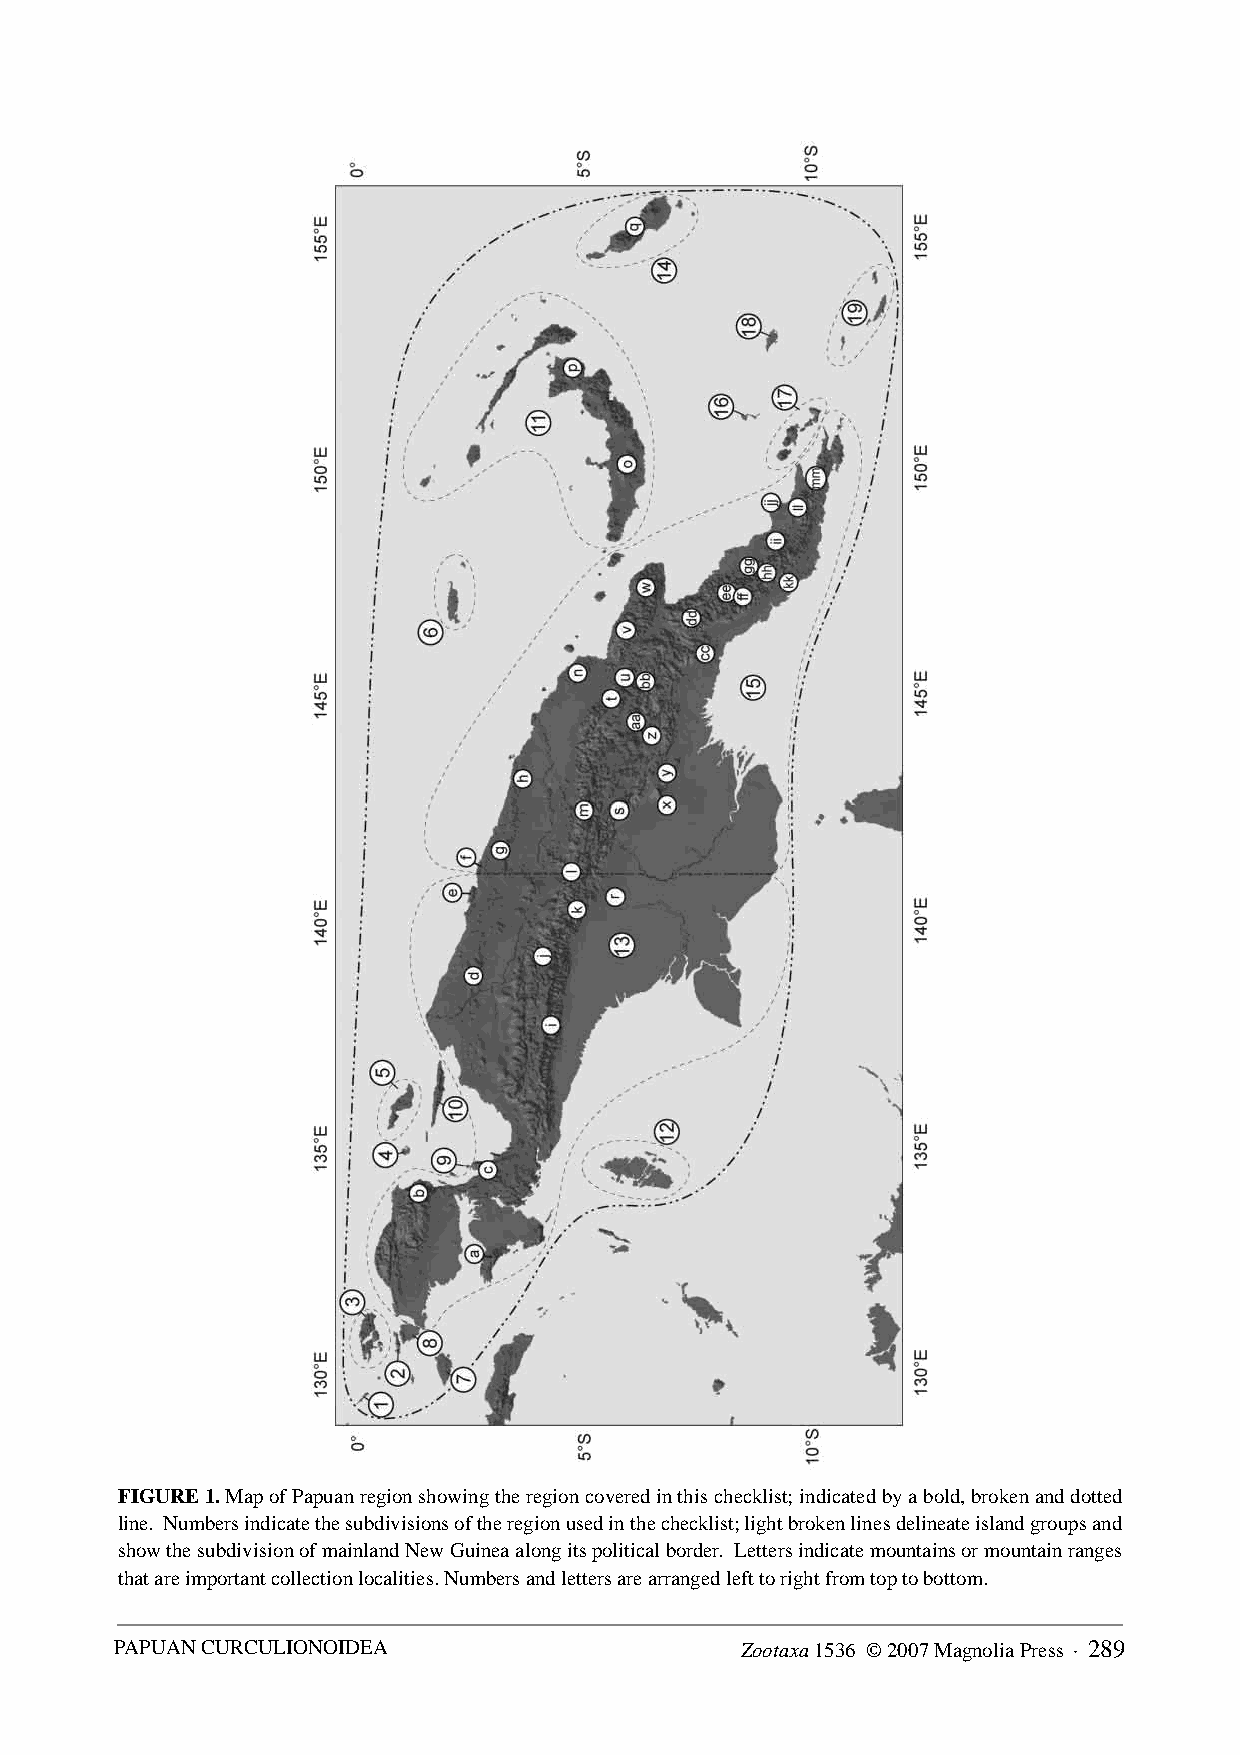
FIGURE 1. Map of Papuan region showing the region covered in this checklist; indicated by a bold, broken and dotted
 line. Numbers indicate the subdivisions of the region used in the checklist; light broken lines delineate island groups and
 show the subdivision of mainland New Guinea along its political border. Letters indicate mountains or mountain ranges
 that are important collection localities. Numbers and letters are arranged left to right from top to bottom.
 PAPUAN CURCULIONOIDEA                    Zootaxa 1536 © 2007 Magnolia Press · 289